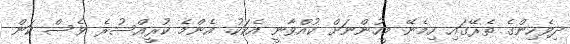
ދިވެހިންގެ ތެރޭގައި ހިމެނޭ މީހުންނަށް ކުއްވާނީ އެކަކު. އެންމެ ކުރީއްސުރެ ވެސް ކަން